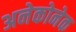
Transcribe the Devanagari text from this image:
अनेकोनेक